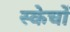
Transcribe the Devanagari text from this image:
स्केचों